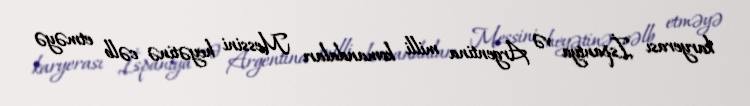
karyerası İspaniya və Argentina milli komandaları Messini heyətinə cəlb etməyə